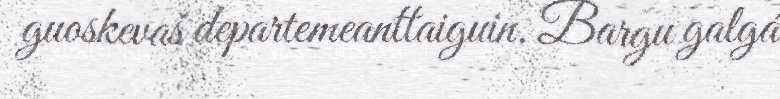
guoskevaš departemeanttaiguin. Bargu galgá